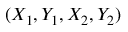
( X _ { 1 } , Y _ { 1 } , X _ { 2 } , Y _ { 2 } )